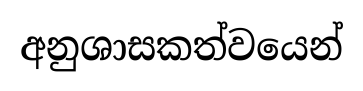
අනුශාසකත්වයෙන්